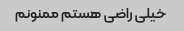
خیلی راضی هستم ممنونم